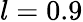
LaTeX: l=0.9